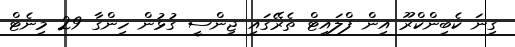
ގިނަ ކެބިންކްރޫ އިން ފްލައިޓް ތެރޭގައި ޖިންސީ ގުޅުން ހިންގާ 29 މިނެޓް